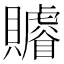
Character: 䞊